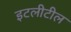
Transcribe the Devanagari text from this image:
इटलीटील